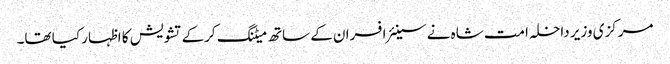
مرکزی وزیر داخلہ امت شاہ نے سینئر افسران کے ساتھ میٹنگ کرکے تشویش کا اظہار کیا تھا۔